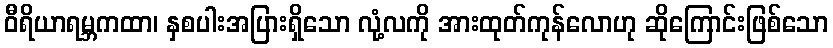
ဝီရိယာရမ္ဘကထာ၊ နှစပါးအပြားရှိသော လုံ့လကို အားထုတ်ကုန်လောဟု ဆိုကြောင်းဖြစ်သော